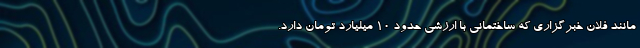
مانند فلان خبرگزاری که ساختمانی با ارزشی حدود ۱۰ میلیارد تومان دارد.